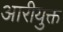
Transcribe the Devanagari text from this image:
आरीयुक्त